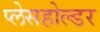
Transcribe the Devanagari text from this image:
प्लेसहोल्डर